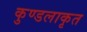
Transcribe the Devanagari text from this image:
कुण्डलाकृत